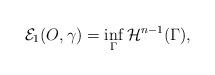
LaTeX: \begin{align*} \mathcal E_1(O,\gamma) = \inf_\Gamma \mathcal{H}^{n-1}(\Gamma),\end{align*}